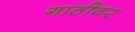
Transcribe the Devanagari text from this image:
गाठीवर